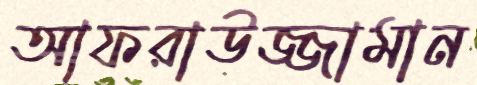
আফরাউজ্জামান